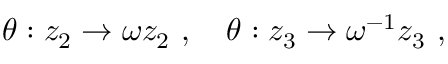
\theta : z _ { 2 } \rightarrow \omega z _ { 2 } ~ , ~ ~ ~ \theta : z _ { 3 } \rightarrow \omega ^ { - 1 } z _ { 3 } ~ ,